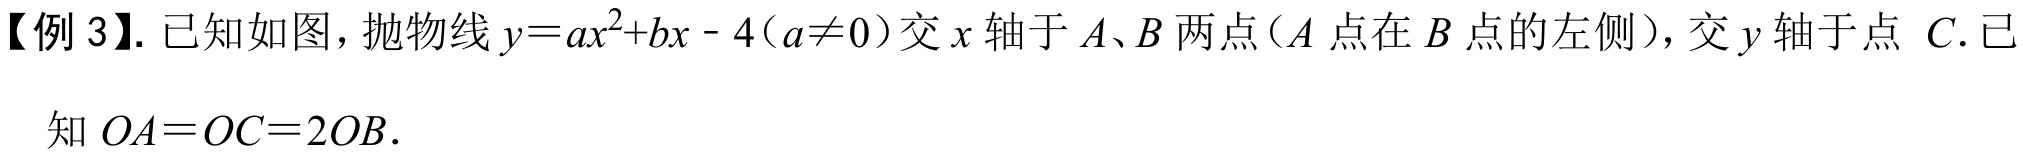
【例3】. 已知如图，抛物线\(y = ax^{2}+bx - 4(a\neq0)\)交\(x\)轴于\(A\)、\(B\)两点（\(A\)点在\(B\)点的左侧），交\(y\)轴于点 \(C\). 已知\(OA = OC = 2OB\).